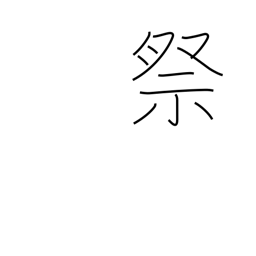
Meaning: worship